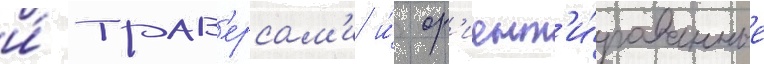
и́ трав'ерсам'и и́ ор'иент'и́рованные